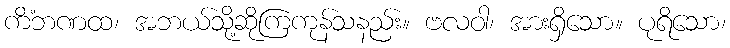
ကိံဘဏထ၊ အဘယ်သို့ဆိုကြကုန်သနည်း။ ဗလဝါ၊ အားရှိသော။ ပုရိသော၊